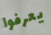
يعرفوا